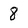
Character: 8